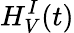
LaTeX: H_{V}^{I}(t)